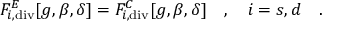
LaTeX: F _ { i , \tiny \mathrm { d i v } } ^ { E } [ g , \beta , \delta ] = F _ { i , \tiny \mathrm { d i v } } ^ { C } [ g , \beta , \delta ] ~ ~ ~ , ~ ~ ~ i = s , d ~ ~ ~ .